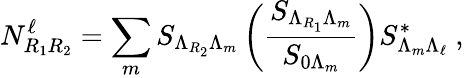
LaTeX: N_{R_{1}R_{2}}^{\ell}=\sum_{m}S_{\Lambda_{R_{2}}\Lambda_{m}}\left({\frac{S_{\Lambda_{R_{1}}\Lambda_{m}}}{S_{0{\Lambda_{m}}}}}\right)S_{\Lambda_{m}\Lambda_{\ell}}^{*}~,